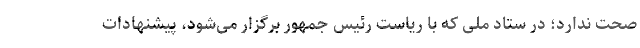
صحت ندارد؛ در ستاد ملی که با ریاست رئیس جمهور برگزار می‌شود، پیشنهادات